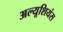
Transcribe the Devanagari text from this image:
अल्यूशियंस